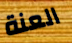
العنة